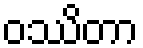
ဝဿိတာ